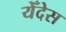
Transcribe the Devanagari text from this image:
येँदेस